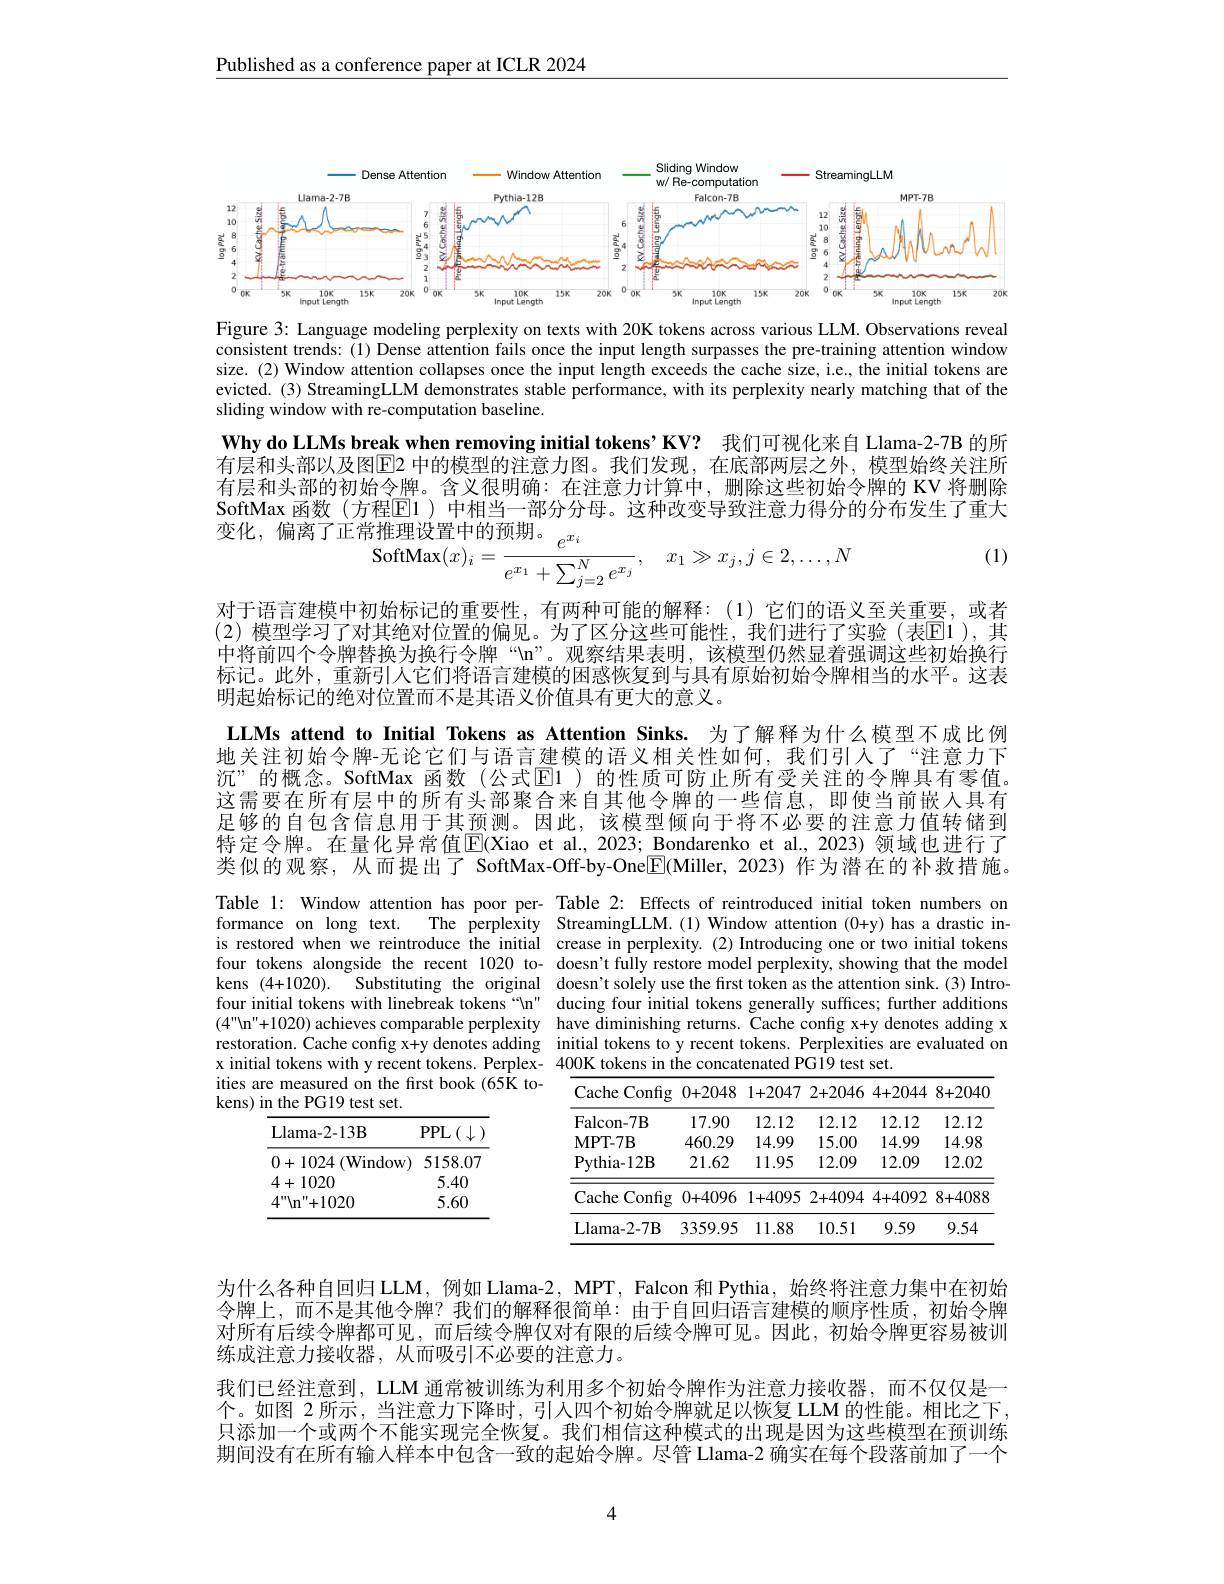
Published as a conference paper at ICLR 2024

<FigureHere>

Figure 3: Language modeling perplexity on texts with 20K tokens across various LLM. Observations reveal consistent trends: (1) Dense attention fails once the input length surpasses the pre-training attention window size. (2) Window attention collapses once the input length exceeds the cache size, i.e., the initial tokens are evicted. (3) StreamingLLM demonstrates stable performance, with its perplexity nearly matching that of the sliding window with re-computation baseline.

Why do LLMs break when removing initial tokens’KV? 我们可视化来自 Llama-2-7B 的所有层和头部以及图$\boxed{\mathrm{E}}2$ 中的模型的注意力图。我们发现，在底部两层之外，模型始终关注所有层和头部的初始令牌。含义很明确：在注意力计算中，删除这些初始令牌的 KV 将删除SoftMax 函数(方程$\overline{\mathrm{E}}$l)中相当一部分分母。这种改变导致注意力得分的分布发生了重大
$$\begin{aligned}&\text{常推理设置中的预期。}\\&\mathrm{SoftMax}(x)_{i}=\frac{e^{x_{i}}}{e^{x_{1}}+\sum_{j=2}^{N}e^{x_{j}}},\quad x_{1}\gg x_{j},j\in2,\ldots,N\end{aligned}$$
(1)

对于语言建模中初始标记的重要性，有两种可能的解释：(1)它们的语义至关重要，或者(2) 模型学习了对其绝对位置的偏见。为了区分这些可能性，我们进行了实验(表$\overline{\mathrm{E}}1)$, 其中将前四个令牌替换为换行令牌“n”。观察结果表明，该模型仍然显着强调这些初始换行标记。此外，重新引人它们将语言建模的困惑恢复到与具有原始初始令牌相当的水平。这表明起始标记的绝对位置而不是其语义价值具有更大的意义。
LLMs attend to Initial Tokens as Attention Sinks. 为了解释为什么模型不成比例地关注初始令牌-无论它们与语言建模的语义相关性如何，我们引人了“注意力下沉”的概念。SoftMax 函数(公式$\mathbb{E}$1)的性质可防止所有受关注的令牌具有零值。这需要在所有层中的所有头部聚合来自其他令牌的一些信息，即使当前嵌入具有足够的自包含信息用于其预测。因此，该模型倾向于将不必要的注意力值转储到特定令牌。在量化异常值$\color{red}{\mathrm{E}}($Xiao et al.,2023; Bondarenko et al., 2023)领域也进行了类似的观察，从而提出了 SoftMax-Off-by-One$\boxed{\mathrm{F}}($Miller, 2023) 作为潜在的补救措施。

Table 1: Window attention has poor per- Table 2: Effects of reintroduced initial token numbers on formance on long text. The perplexity StreamingLLM.(1)Window attention (0+y) has a drastic inis restored when we reintroduce the initial crease in perplexity.(2) Introducing one or two initial tokens four tokens alongside the recent 1020 to- doesn't fully restore model perplexity, showing that the model kens (4+1020). Substituting the original doesn't solely use the first token as the attention sink.(3) Introfour initial tokens with linebreak tokens“n" ducing four initial tokens generally suffices; further additions $(4"$n"+1020) achieves comparable perplexity have diminishing returns. Cache config x+y denotes adding x restoration. Cache config x+y denotes adding initial tokens to y recent tokens. Perplexities are evaluated on x initial tokens with y recent tokens. Perplex- 400K tokens in the concatenated PG19 test set.

ities are measured on the first book (65K to-
kens) in the PG19 test set.

<table>
	<tbody>
		<tr>
			<th>Falcon- 7B</th>
			<th>17.90</th>
			<th>12.12</th>
			<th>12.12</th>
			<th>12.12</th>
			<th>12.12</th>
		</tr>
		<tr>
			<td>$\mathbf{MPT-7B}$</td>
			<td>460.29</td>
			<td>14.99</td>
			<td>15.00</td>
			<td>14.99</td>
			<td>14.98</td>
		</tr>
		<tr>
			<td>$\mathbf{Pythia-12B}$</td>
			<td>21.62</td>
			<td>11.95</td>
			<td>12.09</td>
			<td>12.09</td>
			<td>12.02</td>
		</tr>
		<tr>
			<td>Cache Config</td>
			<td>0+4096</td>
			<td>1+4095</td>
			<td>2+4094</td>
			<td>4+4092</td>
			<td>8+4088</td>
		</tr>
		<tr>
			<td>Llama- 2- 7B</td>
			<td>3359.95</td>
			<td>11.88</td>
			<td>10.51</td>
			<td>9.59</td>
			<td>9.54</td>
		</tr>
	</tbody>
</table>

<table>
	<tbody>
		<tr>
			<th>Llama- 2- 13B</th>
			<th>$\operatorname{PPL}\left(\downarrow\right.$</th>
		</tr>
		<tr>
			<td>0+1024 (Window T</td>
			<td>$)W)$ 5158.07</td>
		</tr>
		<tr>
			<td>4+1020</td>
			<td>5.40</td>
		</tr>
		<tr>
			<td>$4^{\prime\prime}\mathrm{u}^{\prime\prime}+1020$</td>
			<td>5.60</td>
		</tr>
	</tbody>
</table>

为什么各种自回归 LLM, 例如 Llama-2, MPT, Falcon 和 Pythia, 始终将注意力集中在初始令牌上，而不是其他令牌？我们的解释很简单：由于自回归语言建模的顺序性质，初始令牌对所有后续令牌都可见，而后续令牌仅对有限的后续令牌可见。因此，初始令牌更容易被训练成注意力接收器，从而吸引不必要的注意力。
我们已经注意到，LLM 通常被训练为利用多个初始令牌作为注意力接收器，而不仅仅是一个。如图 2 所示，当注意力下降时，引人四个初始令牌就足以恢复 LLM 的性能。相比之下， 只添加一个或两个不能实现完全恢复。我们相信这种模式的出现是因为这些模型在预训练期间没有在所有输人样本中包含一致的起始令牌。尽管 Llama-2 确实在每个段落前加了一个

4